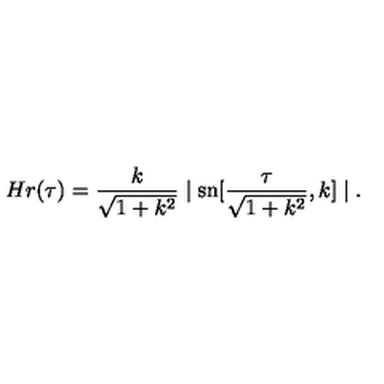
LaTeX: H r ( \tau ) = \frac { k } { \sqrt { 1 + k ^ { 2 } } } \mid \mathrm { s n } [ \frac { \tau } { \sqrt { 1 + k ^ { 2 } } } , k ] \mid .